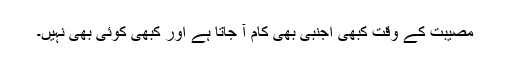
مصیبت کے وقت کبھی اجنبی بھی کام آ جاتا ہے اور کبھی کوئی بھی نہیں۔